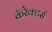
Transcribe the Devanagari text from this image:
कॅरेक्टर्स